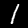
Label: 1